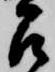
召